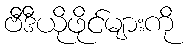
ဗီဒီယိုဖိုင်များကို